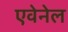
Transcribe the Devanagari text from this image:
एवेनेल